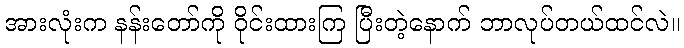
အားလုံးက နန်းတော်ကို ဝိုင်းထားကြ ပြီးတဲ့နောက် ဘာလုပ်တယ်ထင်လဲ။